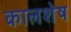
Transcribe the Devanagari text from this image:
कालशेष